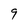
Character: 9